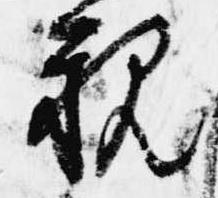
親